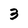
Character: 3